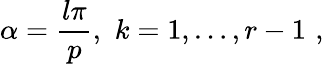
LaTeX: \alpha=\frac{l\pi}{p},\, \, k=1,\ldots,r-1\, \, ,